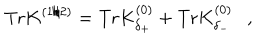
LaTeX: \mathrm { T r } K ^ { ( 1 / 2 ) } = \mathrm { T r } K _ { \delta _ { + } } ^ { ( 0 ) } + \mathrm { T r } K _ { \delta _ { - } } ^ { ( 0 ) } ,